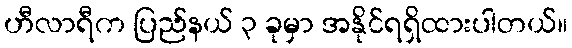
ဟီလာရီက ပြည်နယ် ၃ ခုမှာ အနိုင်ရရှိထားပါတယ်။